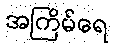
အကြိမ်ရေ